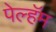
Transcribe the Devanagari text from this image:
पेल्हॅम